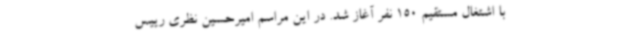
با اشتغال مستقیم 150 نفر آغاز شد. در این مراسم‌ امیرحسین نظری رییس